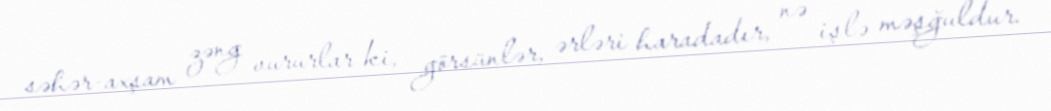
səhər-axşam zəng vururlar ki, görsünlər, ərləri haradadır, nə işlə məşğuldur.